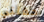
حفلتي